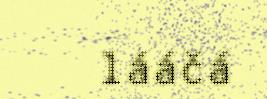
lááčá